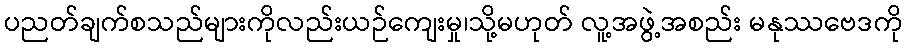
ပညတ်ချက်စသည်များကိုလည်းယဉ်ကျေးမှု၊သို့မဟုတ် လူ့အဖွဲ့အစည်း မနုဿဗေဒကို